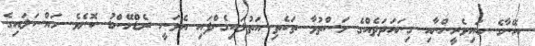
އޭނާގެ ބައިވެރީންނާއި ގިނައަދަދެއްގެ މަސްތުވާ ތަކެތި އަތުލައިގެންފައި އެވަނީ ރެޑްހޭންޑު ކޮށެވެ. މައްސަލައިގެ